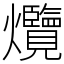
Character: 爦